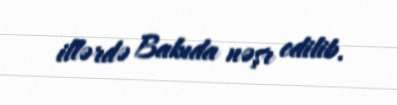
illərdə Bakıda nəşr edilib.